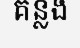
គន្លង